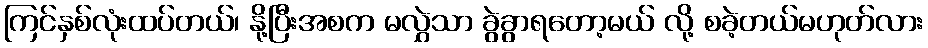
ကြင်နှစ်လုံးထပ်တယ်၊ နို့ပြီးအစက မလွှဲသာ ခွဲခွာရတော့မယ် လို့ စခဲ့တယ်မဟုတ်လား